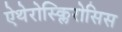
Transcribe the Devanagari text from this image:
ऐथेरोस्क्लिरोसिस